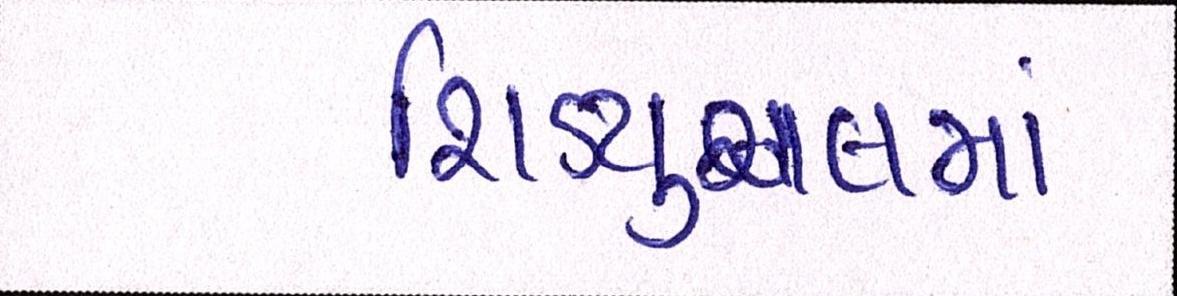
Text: શિડ્યુઅલમાં